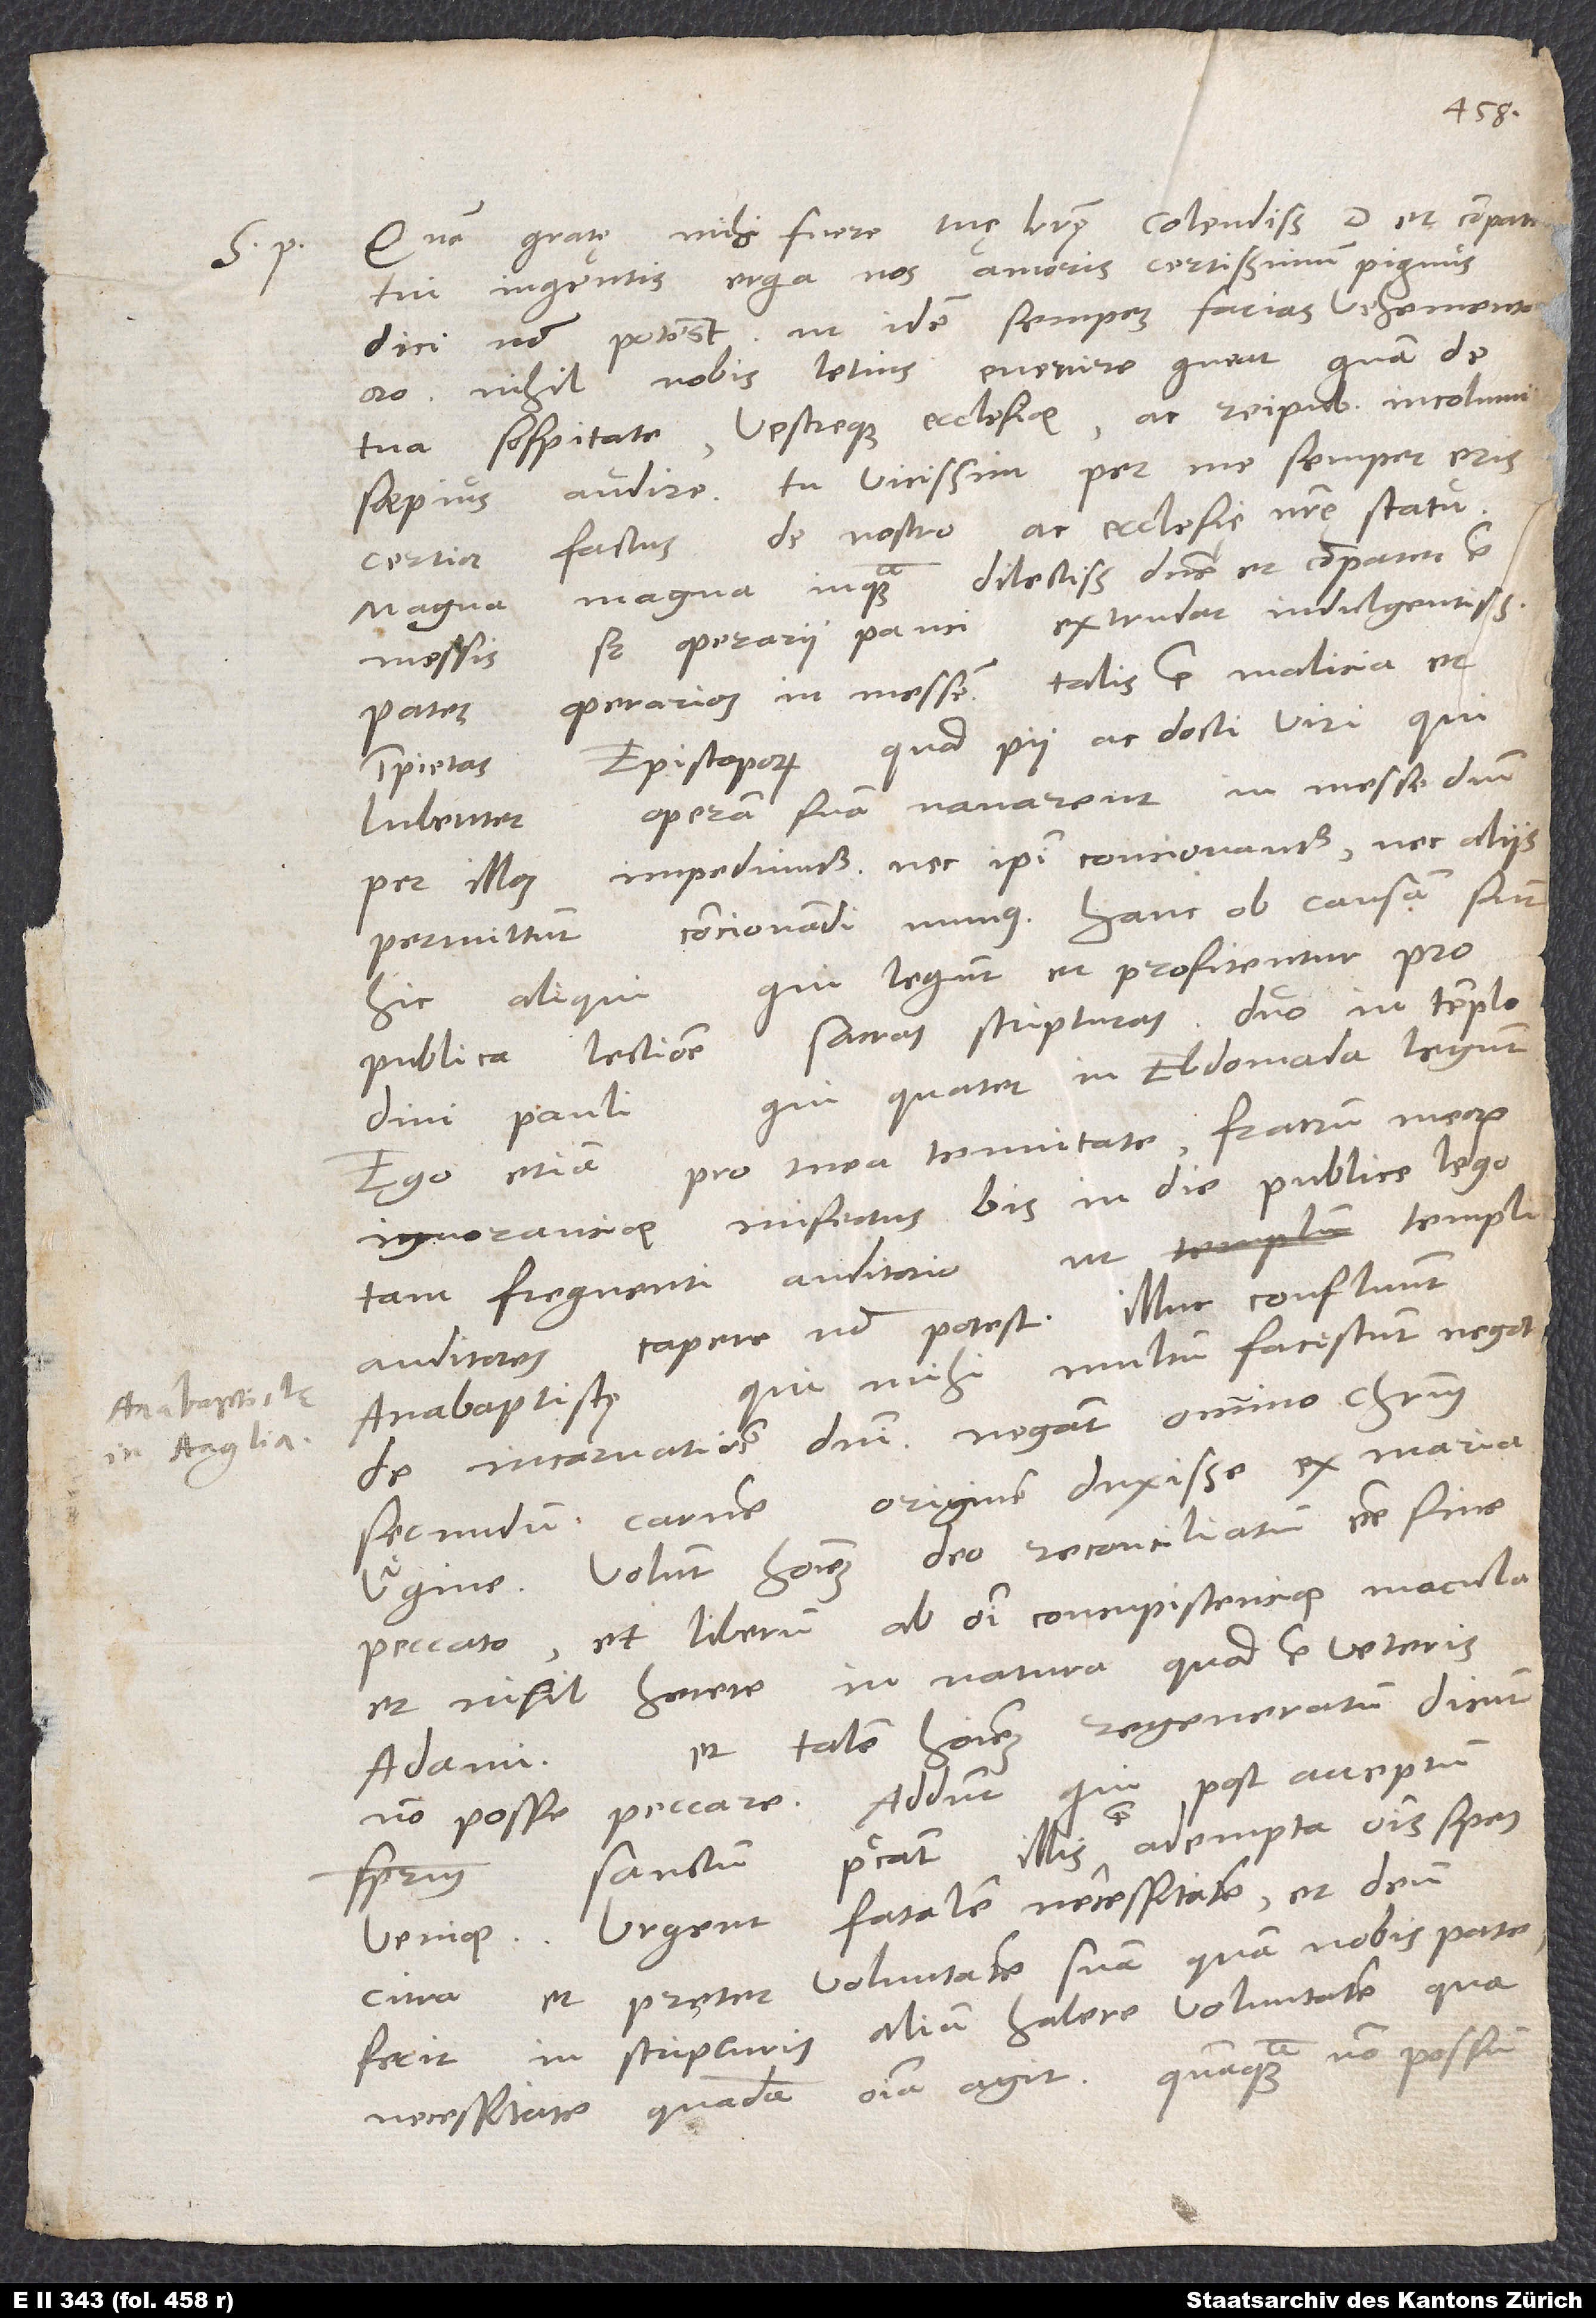
Quam gratę mihi fuere tuę literę, colendissime debdomada
magna
pater,
Ego etiam pro mea tenuitate, fratrum meorum
ignorantiae misertus, bis in die publice lego
tam frequenti auditorio ut templum
qui mihi multum facessunt negotii
Anabaptistę,
de incarnatione Domini; negant omnino Christum
secundum carnem originem duxisse ex Maria
Virgine. Volunt hominem Deo reconciliatum esse sine
peccato, et liberum ab omni concupiscentiae macula,
et nihil herere in natura quod est veteris
et talem hominem regeneratum dicunt
Adami;
non posse peccare. Addunt, qui post acceptum
veniae. Urgent fatalem necessitatem, et Deum
citra et preter voluntatem suam quam nobis patefecit
in scripturis aliam habere voluntatem, qua
necessitate quadam omnia agit. Quanquam non possum